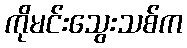
ကိုမင်းသွေးသစ်က